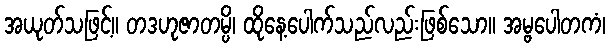
အယုတ်သဖြင့်။ တဒဟုဇာတမ္ပိ၊ ထိုနေ့ပေါက်သည်လည်းဖြစ်သော။ အမ္ဗပေါတကံ၊